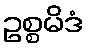
ဥစ္စမိဒံ